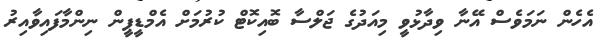
އެހެން ނަމަވެސް އޭނާ ވިދާޅުވީ މިއަދުގެ ޖަލްސާ ބޮއިކޮޓް ކުރުމަށް އެމްޑީޕީން ނިންމާފައިވާއިރު